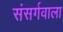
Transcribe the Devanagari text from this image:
संसर्गवाला